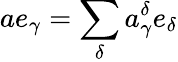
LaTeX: ae_{\gamma}=\sum_{\delta}a_{\gamma}^{\delta}e_{\delta}